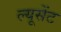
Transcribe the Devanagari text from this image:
ल्यूसेंट